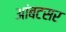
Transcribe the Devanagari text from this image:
आंबटसर